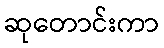
ဆုတောင်းကာ